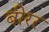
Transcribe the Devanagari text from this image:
बीरर